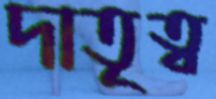
দাতৃত্ব